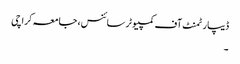
ڈیپارٹمنٹ آف کمپیوٹر سائنس، جامعہ کراچی
۔